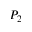
P _ { 2 }